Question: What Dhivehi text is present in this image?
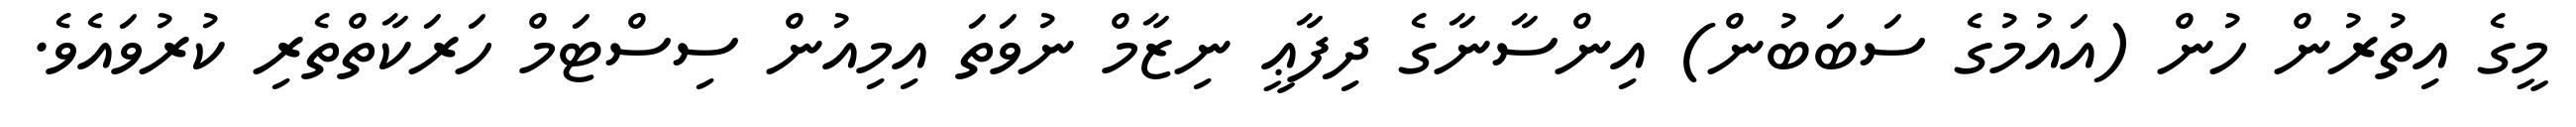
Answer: މީގެ އިތުރުން ހުން (އައުމުގެ ސަބަބުން) އިންސާނާގެ ދިފާޢީ ނިޒާމް ނުވަތަ އިމިއުން ސިސްޓަމް ހަރަކާތްތެރި ކުރުވައެވެ.